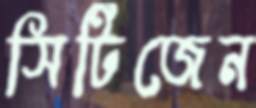
সিটিজেন